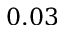
0 . 0 3